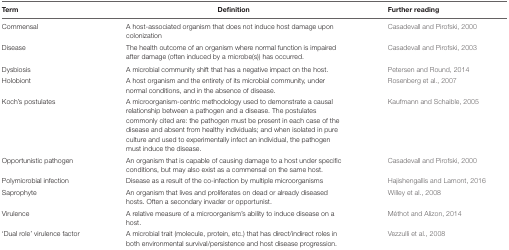
<table><thead><tr><td><b>Term</b></td><td><b>Definition</b></td><td><b>Further reading</b></td></tr></thead><tbody><tr><td>Commensal</td><td>A host-associated organism that does not induce host damage upon colonization</td><td>Casadevall and Pirofski, 2000</td></tr><tr><td>Disease</td><td>The health outcome of an organism where normal function is impaired after damage (often induced by a microbe(s)) has occurred.</td><td>Casadevall and Pirofski, 2003</td></tr><tr><td>Dysbiosis</td><td>A microbial community shift that has a negative impact on the host.</td><td>Petersen and Round, 2014</td></tr><tr><td>Holobiont</td><td>A host organism and the entirety of its microbial community, under normal conditions, and in the absence of disease.</td><td>Rosenberg et al., 2007</td></tr><tr><td>Koch’s postulates</td><td>A microorganism-centric methodology used to demonstrate a causal relationship between a pathogen and a disease. The postulates commonly cited are: the pathogen must be present in each case of the disease and absent from healthy individuals; and when isolated in pure culture and used to experimentally infect an individual, the pathogen must induce the disease.</td><td>Kaufmann and Schaible, 2005</td></tr><tr><td>Opportunistic pathogen</td><td>An organism that is capable of causing damage to a host under specific conditions, but may also exist as a commensal on the same host.</td><td>Casadevall and Pirofski, 2000</td></tr><tr><td>Polymicrobial infection</td><td>Disease as a result of the co-infection by multiple microorganisms</td><td>Hajishengallis and Lamont, 2016</td></tr><tr><td>Saprophyte</td><td>An organism that lives and proliferates on dead or already diseased hosts. Often a secondary invader or opportunist.</td><td>Willey et al., 2008</td></tr><tr><td>Virulence</td><td>A relative measure of a microorganism’s ability to induce disease on a host.</td><td>Méthot and Alizon, 2014</td></tr><tr><td>‘Dual role’ virulence factor</td><td>A microbial trait (molecule, protein, etc.) that has direct/indirect roles in both environmental survival/persistence and host disease progression.</td><td>Vezzulli et al., 2008</td></tr></tbody></table>